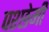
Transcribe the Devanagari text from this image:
पश्छेमी